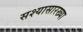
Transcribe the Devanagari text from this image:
सश्यासारख्या